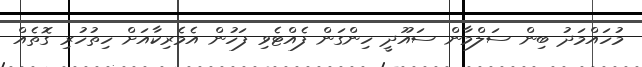
މުހައްމަދު ބިން ސަލްމާން ސައޫދީ ހިންގަން ފެއްޓެވި ފަހުން އެމެރިކާއަށް ހިތުހުރި ގޮތެއް